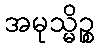
အမုသ္မိဉ္စ